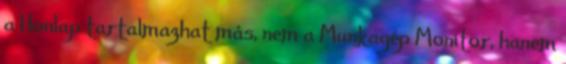
a Honlap tartalmazhat más, nem a Munkagép Monitor, hanem